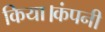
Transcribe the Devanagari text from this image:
किया।कंपनी